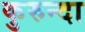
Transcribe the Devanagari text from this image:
कुरुन्दा